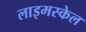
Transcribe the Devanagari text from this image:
लाइमस्केल